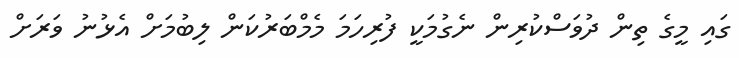
ގައި މީގެ ތިން ދުވަސްކުރިން ނެގުމަކީ ފުރިހަމަ މެމްބަރުކަން ލިބުމަށް އެޅުނު ވަރަށް